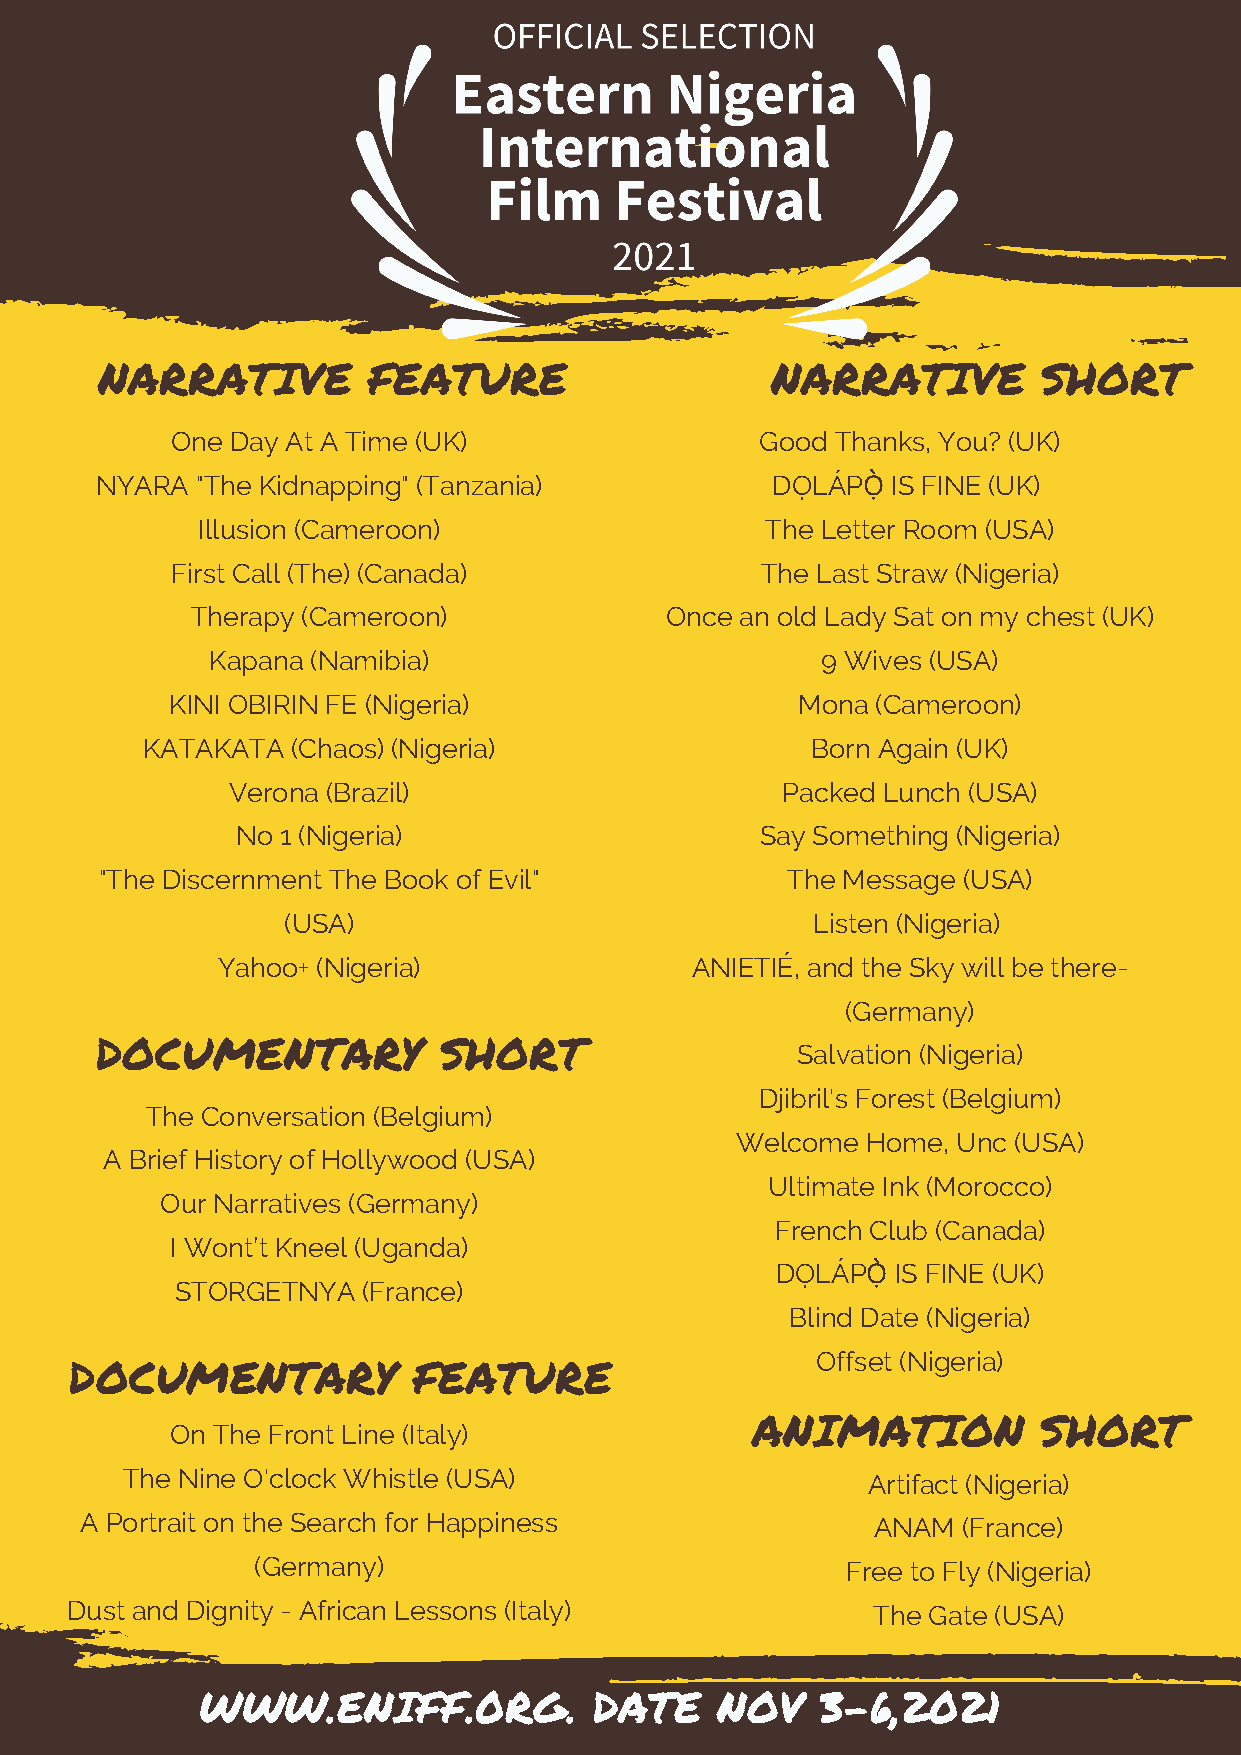
NARRATIVE         FEATURE                    NARRATIVE         SHORT
 One Day At A Time (UK)                 Good Thanks, You? (UK)
 NYARA  "The Kidnapping" (Tanzania)           DỌLÁPỌ̀ IS FINE (UK)
 Illusion (Cameroon)                   The Letter Room (USA)
 First Call (The) (Canada)              The Last Straw (Nigeria)
 Therapy (Cameroon)             Once an old Lady Sat on my chest (UK)
 Kapana (Namibia)                        9 Wives (USA)
 KINI OBIRIN FE (Nigeria)                  Mona (Cameroon)
 KATAKATA  (Chaos) (Nigeria)                  Born Again (UK)
 Verona (Brazil)                      Packed Lunch (USA)
 No 1 (Nigeria)                    Say Something (Nigeria)
 "The Discernment The Book of Evil"           The Message (USA)
 (USA)                              Listen (Nigeria)
 Yahoo+ (Nigeria)                ANIETIÉ, and the Sky will be there-
 (Germany)
 DOCUMENTARY            SHORT                   Salvation (Nigeria)
 Djibril's Forest (Belgium)
 The Conversation (Belgium)
 Welcome Home, Unc (USA)
 A Brief History of Hollywood (USA)
 Ultimate Ink (Morocco)
 Our Narratives (Germany)
 French Club (Canada)
 I Wont’t Kneel (Uganda)
 DỌLÁPỌ̀ IS FINE (UK)
 STORGETNYA  (France)
 Blind Date (Nigeria)
 Offset (Nigeria)
 DOCUMENTARY           FEATURE
 ANIMATION          SHORT
 On The Front Line (Italy)
 The Nine O'clock Whistle (USA)                   Artifact (Nigeria)
 A Portrait on the Search for Happiness               ANAM  (France)
 (Germany)                              Free to Fly (Nigeria)
 Dust and Dignity - African Lessons (Italy)            The Gate (USA)
 WWW.ENIFF.0RG.            DATE    NOV    3-6,2021